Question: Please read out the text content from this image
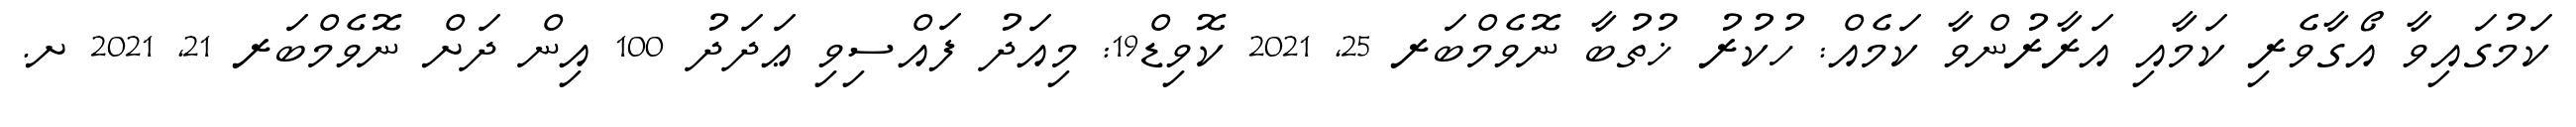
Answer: ކަމުގައިވާ އޯގާވެރި ކަމާއި އަރާރުންވާ ކަމެއް: ހުކުރު ޚުތުބާ ނޮވެމްބަރ 25, 2021 ކޮވިޑް19: މިއަދު ފައްސިވި ޢަދަދު 100 އިން ދަށް ނޮވެމްބަރ 21, 2021 ށ.